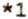
*1